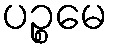
ပဉ္စမေ